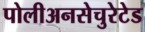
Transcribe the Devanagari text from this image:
पोलीअनसेचुरेटेड